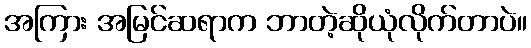
အကြား အမြင်ဆရာက ဘာတဲ့ဆိုယုံလိုက်တာပဲ။